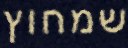
שמחוץ